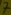
Text: 7